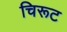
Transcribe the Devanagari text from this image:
चिरूट